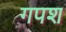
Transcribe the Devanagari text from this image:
गपश